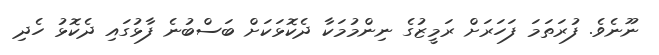
ނޫނެވެ. ފުރަތަމަ ފަހަރަށް ރަމީޒުގެ ނިންމުމަކާ ދެކޮޅަކަށް ބަސްބުނެ ފާޅުގައި ދެކޮޅު ހެދި